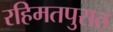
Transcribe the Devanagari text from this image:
रहिमतपुरात